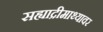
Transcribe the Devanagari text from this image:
सह्याद्रीमाथ्यावर